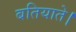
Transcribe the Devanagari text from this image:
बतियाते।